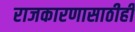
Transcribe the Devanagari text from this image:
राजकारणासाठीही